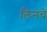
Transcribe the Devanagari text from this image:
लिनचे